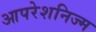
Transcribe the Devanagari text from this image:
आपरेशनिज्म